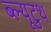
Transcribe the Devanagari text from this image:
ब्ल्यूटुथ